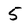
Character: 5